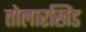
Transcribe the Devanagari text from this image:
तोलारखिंड